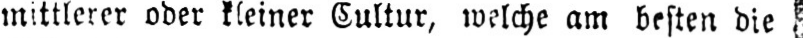
mittlerer oder kleiner Cultur, welche am besten die